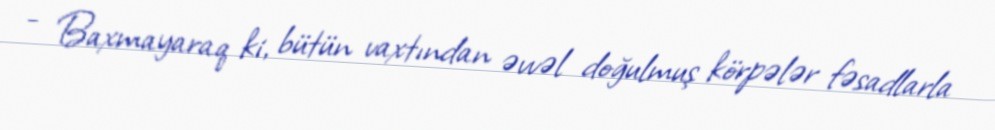
- Baxmayaraq ki, bütün vaxtından əvvəl doğulmuş körpələr fəsadlarla